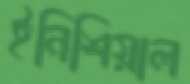
ইনিশিয়াল